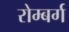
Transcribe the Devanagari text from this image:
रोम्बर्ग